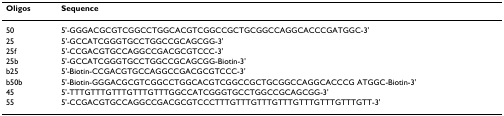
<table><thead><tr><td><b>Oligos</b></td><td><b>Sequence</b></td></tr></thead><tbody><tr><td>50</td><td>5&#x27;-GGGACGCGTCGGCCTGGCACGTCGGCCGCTGCGGCCAGGCACCCGATGGC-3&#x27;</td></tr><tr><td>25</td><td>5&#x27;-GCCATCGGGTGCCTGGCCGCAGCGG-3&#x27;</td></tr><tr><td>25f</td><td>5&#x27;-CCGACGTGCCAGGCCGACGCGTCCC-3&#x27;</td></tr><tr><td>25b</td><td>5&#x27;-GCCATCGGGTGCCTGGCCGCAGCGG-Biotin-3&#x27;</td></tr><tr><td>b25</td><td>5&#x27;-Biotin-CCGACGTGCCAGGCCGACGCGTCCC-3&#x27;</td></tr><tr><td>b50b</td><td>5&#x27;-Biotin-GGGACGCGTCGGCCTGGCACGTCGGCCGCTGCGGCCAGGCACCCG ATGGC-Biotin-3&#x27;</td></tr><tr><td>45</td><td>5&#x27;-TTTGTTTGTTTGTTTGTTTGGCCATCGGGTGCCTGGCCGCAGCGG-3&#x27;</td></tr><tr><td>55</td><td>5&#x27;-CCGACGTGCCAGGCCGACGCGTCCCTTTGTTTGTTTGTTTGTTTGTTTGTTTGTT-3&#x27;</td></tr></tbody></table>